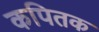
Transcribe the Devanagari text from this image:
कपितक